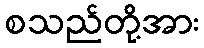
စသည်တို့အား